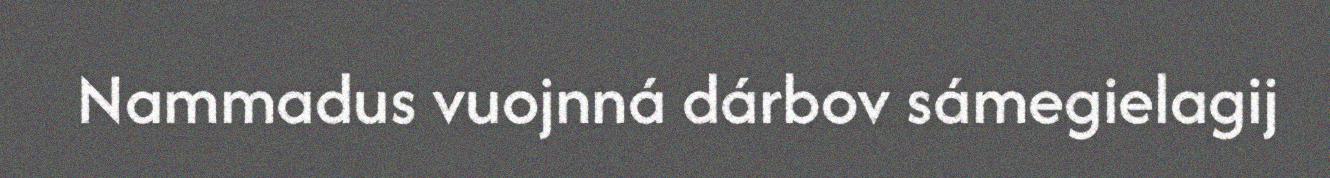
Nammadus vuojnná dárbov sámegielagij